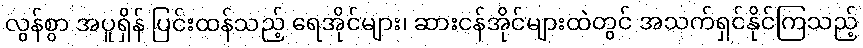
လွန်စွာ အပူရှိန် ပြင်းထန်သည့် ရေအိုင်များ၊ ဆားငန်အိုင်များထဲတွင် အသက်ရှင်နိုင်ကြသည့်